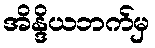
အိန္ဒိယဘက်မှ